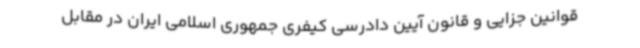
قوانین جزایی و قانون آیین دادرسی کیفری جمهوری اسلامی ایران در مقابل